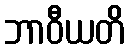
ဘာဝီယတိ